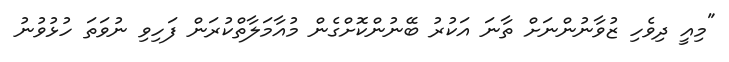
"މިއީ ދިވެހި ޒުވާނުންނަށް ތާނަ އަކުރު ބޭނުންކޮށްގެން މުއާމަލާތްކުރަން ފަހިވި ނުވަތަ ހުޅުވުނު